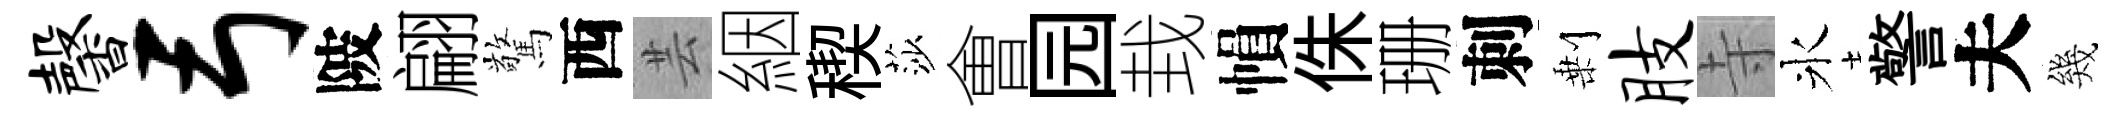
馨弓陂翩驚西芸絪稧莎㑹园㘽𢄙侏珊刺剰肢寺氷警夫幾